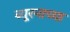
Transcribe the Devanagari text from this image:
ब्यूरनाच्या